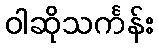
ဝါဆိုသင်္ကန်း